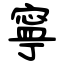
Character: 寧